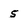
Character: 5